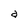
Character: a